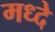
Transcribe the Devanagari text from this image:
मध्दे